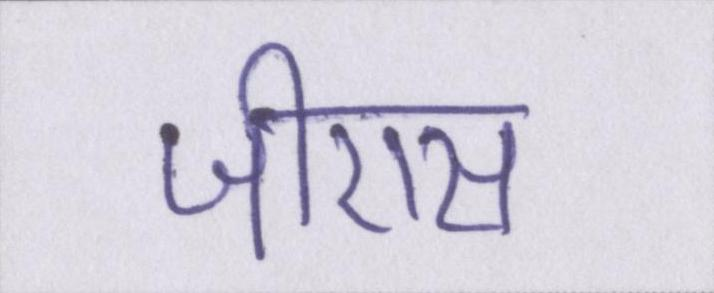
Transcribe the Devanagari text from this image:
जीएस